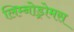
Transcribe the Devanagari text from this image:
लिम्नोड्रोमस